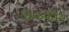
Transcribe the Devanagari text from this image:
क़िब्लतैन